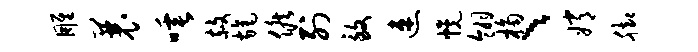
雕曩唾赦旄候列致速幌翎桷、嫦脚